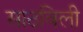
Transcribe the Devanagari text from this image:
साठविली